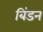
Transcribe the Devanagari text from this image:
बिंडन